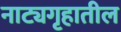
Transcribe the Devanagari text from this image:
नाट्यगृहातील